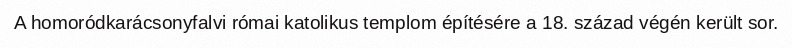
A homoródkarácsonyfalvi római katolikus templom építésére a 18. század végén került sor.